Annual report on the working of the mental hospitals in the Madras Presidency - 1912-1932
Year: 1912
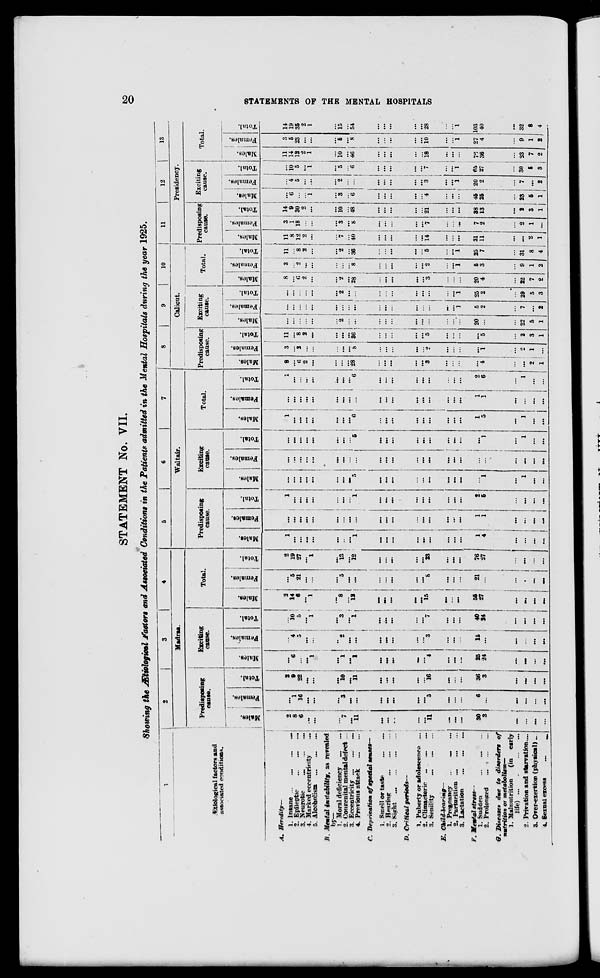
20
STATEMENTS OF THE MENTAL HOSPITALS
STATEMENT No. VII.
Showing the Ætiological factors and Associated Conditions in the Patients admitted in the Mental Hospitals during the year 1925.
1
Ætiological factors and
associated conditions.
A. Heredity—
1. Insane ... ... ... ...
2. Epileptic ... ... ...
3. Neurotic
...
...
...
4. Marked eccentricity ...
5. Alcoholism ... ... ...
B. Mental instability,
as revealed
by—
1. Moral deficiency
... ...
2. Congenital mental defect ...
3. Eccentricity ... ... ...
4. Previous attack
...
...
C. Deprication of special senses—
1. Smell or taste ... ...
2. Hearing ... ... ...
3. Sight
...
...
...
...
D. Critical
periods—
1. Puberty or adolescence ...
2. Climacteric ... ... ...
3. Senility ... ... ...
E. Child-bearimg—
1. Pregnancy ... ... ...
2. Parturition
...
...
...
3. Lactation
... ... ...
F. Mental stress—
1. Sudden
...
...
...
2. Prolonged
...
...
...
G. Diseases due to disorders of
nutrition or metabolism—
1. Malnutrition
(in early
life)
...
...
...
...
2. Privation and starvation. ...
3. Over-exertion (physical)...
4. Sexual excess
...
...
2
3
4
Madras.
Predisposing
cause.
Males.
2
8
6
...
...
...
7
...
11
...
...
...
...
...
11
...
...
...
30
3
...
...
...
...
Females.
...
1
16
...
...
...
3
...
...
...
...
...
...
...
5
...
...
...
6
...
...
...
...
...
Total.
2
9
22
...
...
...
10
...
11
...
...
...
...
...
16
...
...
...
36
3
...
...
...
...
Exciting
cause.
Males.
...
6
...
...
1
...
1
...
1
...
...
...
...
...
4
...
...
...
25
24
...
...
...
...
Females.
...
4
5
...
...
...
2
...
...
...
...
...
...
...
3
...
...
...
15
...
...
...
...
...
Total.
...
10
5
...
1
...
3
...
1
...
...
...
...
... 7
...
...
...
40
24
...
...
...
...
Total.
Males.
2
14
6
...
1
...
8
...
...
...
...
...
...
...
15
...
...
...
55
27
...
...
...
...
Females.
...
5
21
...
...
...
5
...
...
...
...
...
...
...
8
...
...
...
21
...
...
...
...
Total.
2
19
27
...
1
...
13
...
12
...
...
...
...
...
23
...
...
...
76
27
...
...
...
...
5
6
7
Waltair.
Predisposing
cause.
Males.
1
...
...
...
...
...
...
...
1
...
...
...
...
...
...
...
...
...
1
4
1
...
...
...
...
Females.
...
...
...
...
...
...
...
...
...
...
...
...
...
...
...
...
...
...
1
1
...
...
...
...
Total.
1
... ...
...
...
...
...
...
1
...
...
...
...
...
...
...
...
...
2
5
...
...
...
...
Exciting
cause.
Males.
...
...
...
...
...
...
...
...
5
...
...
...
...
...
...
...
...
...
...
1
...
1
...
...
Females.
...
...
...
...
...
...
...
...
...
...
...
...
...
...
...
...
...
...
...
...
...
...
...
...
...
Total.
...
...
...
...
...
...
...
...
5
...
...
...
...
...
...
...
...
...
...
1
...
1
...
...
Total.
Males.
1
...
...
...
...
...
...
...
6
...
...
...
...
...
...
...
...
...
1
5
...
1
...
...
Females.
...
...
...
...
...
...
...
...
...
...
...
...
...
...
...
...
...
...
1
1
...
...
...
...
Total.
1
...
...
...
...
...
...
...
6
...
...
...
...
...
...
...
...
...
2
6
...
1
...
...
8
9
10
Calicut.
Predisposing
cause.
Males.
8
...
6
2
...
...
...
...
28
...
...
...
...
...
3
...
...
...
...
4
...
...
2
1
Females.
3
...
2
...
...
...
...
...
8
...
...
...
...
...
2
...
...
...
...
1
...
2
1
...
Total.
11
...
8
2
...
...
...
...
36
...
...
...
... 5
...
...
...
...
5
...
2
3
1
Exciting
cause.
Males.
...
...
...
...
...
...
2
...
...
...
...
...
...
...
...
...
...
...
20
...
...
22
5
1
Females.
...
...
...
...
...
...
...
...
...
...
...
...
...
...
...
...
...
1
5
2
...
7
...
2
Total.
...
...
...
...
...
...
2
...
...
...
...
...
...
...
...
...
...
1
25
2
...
29
5
3
Total.
Males.
8
...
6
2
...
...
2
...
28
...
...
...
...
...
3
...
...
...
20
4
...
22
7
2
Females.
3
...
2
...
...
...
...
...
8
...
...
...
...
...
2
...
...
1
5
3
...
9
1
2
Total.
11
...
8
2
...
...
2
...
36
...
...
...
...
...
5
...
1
25
7
...
31
8
4
11
12
13
Presidency.
Predisposing
cause.
Males.
11
8
12
2
...
...
7
...
40
...
...
...
...
...
14
...
...
...
31
11
...
...
2
1
Females.
3
1
18
...
...
...
3
...
8
...
...
...
...
...
7
...
...
...
7
2
...
2
1
...
Total.
14
9
30
2
...
...
10
...
48
...
...
...
...
...
21
...
...
...
38
13
...
2
3
1
Exciting
cause.
Males.
...
6
...
...
1
...
3
...
6
...
...
...
...
...
4
...
...
...
45
25
...
23
5
1
Females.
...
4
5
...
...
...
2
...
...
...
...
...
...
...
3
...
...
1
20
2
...
7
...
2
Total.
...
10
5
...
1
...
5
...
6
...
...
...
...
...
7
...
...
1
65
27
...
30
5
3
Total.
Males.
11
14
12
2
1
...
10
...
46
...
...
...
...
...
18
...
...
...
76
36
...
23
7
2
Females.
3
5
23
...
...
...
5
...
8
...
...
...
...
...
10
...
...
1
27
4
...
9
1
2
Total.
14
19
35
2
1
...
15
...
54
...
...
...
...
...
28
...
...
1
103
40
...
32
8
4